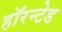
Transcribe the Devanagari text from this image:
हॉरन्टेड